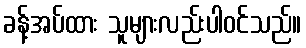
ခန့်အပ်ထား သူများလည်းပါဝင်သည်။